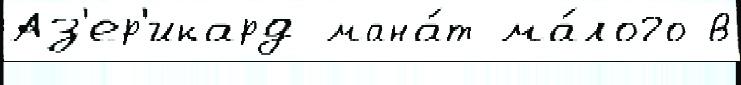
Аз'ер'икард мана́т ма́лого в